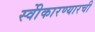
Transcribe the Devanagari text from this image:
स्वीेकारण्यारची